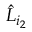
\hat { L } _ { i _ { 2 } }